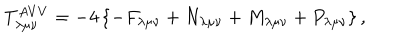
T _ { \lambda \mu \nu } ^ { A V V } = - 4 \left\{ - F _ { \lambda \mu \nu } + N _ { \lambda \mu \nu } + M _ { \lambda \mu \nu } + P _ { \lambda \mu \nu } \right\} ,